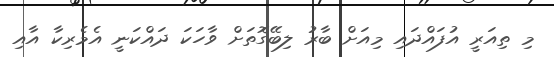
މި ތިއަރީ އުފައްދައި މިއަށް ބާރު ލިބޭގޮތަށް ވާހަކަ ދައްކަނީ އެމެރިކާ އާއި